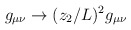
\begin{align*}g_{\mu \nu} \to (z_2/L)^2g_{\mu \nu}\end{align*}